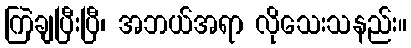
ကြဲချပြီးပြီ၊ အဘယ်အရာ လိုသေးသနည်း။